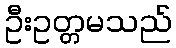
ဦးဥတ္တမသည်